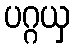
ပဂ္ဂယှ